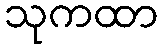
သုကထာ